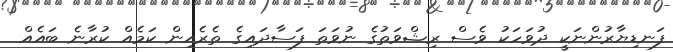
ފަނޑިޔާރުންނަކީ ދުވަހަކު ވެސް ރިޝްވަތުގެ ނުވަތަ ފަސާދައިގެ ތެރެއިން ކަމެއް ކުރާނެ ބައެއް